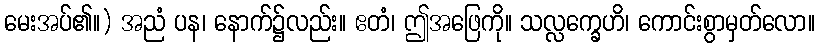
မေးအပ်၏။) အညံ ပန၊ နောက်၌လည်း။ ဧတံ၊ ဤအဖြေကို။ သလ္လက္ခေဟိ၊ ကောင်းစွာမှတ်လော။